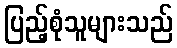
ပြည့်စုံသူများသည်